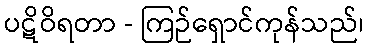
ပဋိဝိရတာ - ကြဉ်ရှောင်ကုန်သည်၊